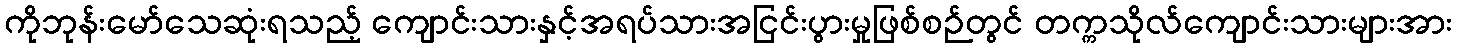
ကိုဘုန်းမော်သေဆုံးရသည့် ကျောင်းသားနှင့်အရပ်သားအငြင်းပွားမှုဖြစ်စဉ်တွင် တက္ကသိုလ်ကျောင်းသားများအား